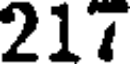
217